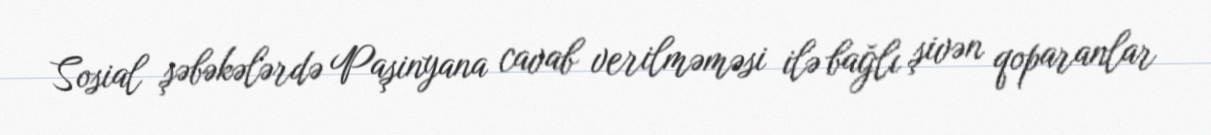
Sosial şəbəkələrdə Paşinyana cavab verilməməsi ilə bağlı şivən qoparanlar